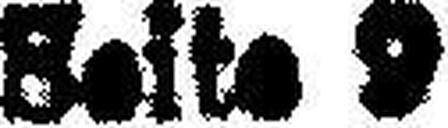
Seite 9